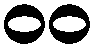
၀၀